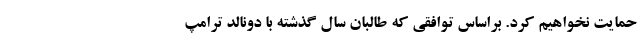
حمایت نخواهیم کرد. براساس توافقی که طالبان سال گذشته با دونالد ترامپ